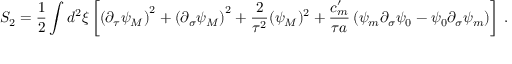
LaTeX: S _ { 2 } = \frac { 1 } { 2 } \int d ^ { 2 } \xi \left[ \left( \partial _ { \tau } \psi _ { M } \right) ^ { 2 } + \left( \partial _ { \sigma } \psi _ { M } \right) ^ { 2 } + \frac { 2 } { \tau ^ { 2 } } ( \psi _ { M } ) ^ { 2 } + \frac { c _ { m } ^ { \prime } } { \tau a } \left( \psi _ { m } \partial _ { \sigma } \psi _ { 0 } - \psi _ { 0 } \partial _ { \sigma } \psi _ { m } \right) \right] \: .